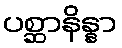
ပစ္ဆာနိန္နာ